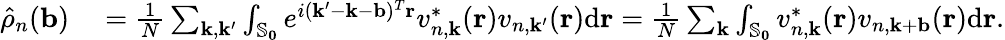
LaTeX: \begin{array}{rl}{\hat{\rho}_{n}(\mathbf{b})}&{{}=\frac{1}{N}\sum_{\mathbf{k},\mathbf{k}^{\prime}}\int_{\mathbb{S}_{\mathbf{0}}}e^{i(\mathbf{k}^{\prime}-\mathbf{k}-\mathbf{b})^{T}\mathbf{r}}v_{n,\mathbf{k}}^{*}(\mathbf{r})v_{n,\mathbf{k}^{\prime}}(\mathbf{r})\mathrm{d}\mathbf{r}=\frac{1}{N}\sum_{\mathbf{k}}\int_{\mathbb{S}_{\mathbf{0}}}v_{n,\mathbf{k}}^{*}(\mathbf{r})v_{n,\mathbf{k}+\mathbf{b}}(\mathbf{r})\mathrm{d}\mathbf{r}.}\end{array}